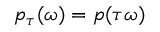
p _ { \tau } ( \omega ) = p ( \tau \omega )